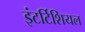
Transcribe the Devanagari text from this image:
इंटर्टिशियल